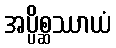
အပ္ပိစ္ဆဿာယံ